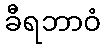
ခီရဘာဝံ